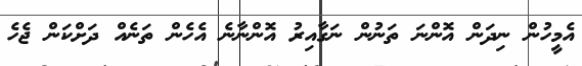
އެމީހުން ނިދަން އޮންނަ ތަނުން ނަގާއިރު އޮންނާނެ އެހެން ތަނެއް ދަށްކަން ޖެހެ